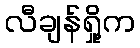
လီချန်ရှို့က